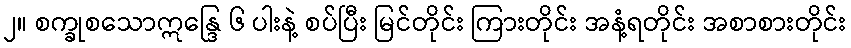
၂။ စက္ခုစသောဣန္ဒြေ ၆ ပါးနဲ့ စပ်ပြီး မြင်တိုင်း ကြားတိုင်း အနံ့ရတိုင်း အစာစားတိုင်း